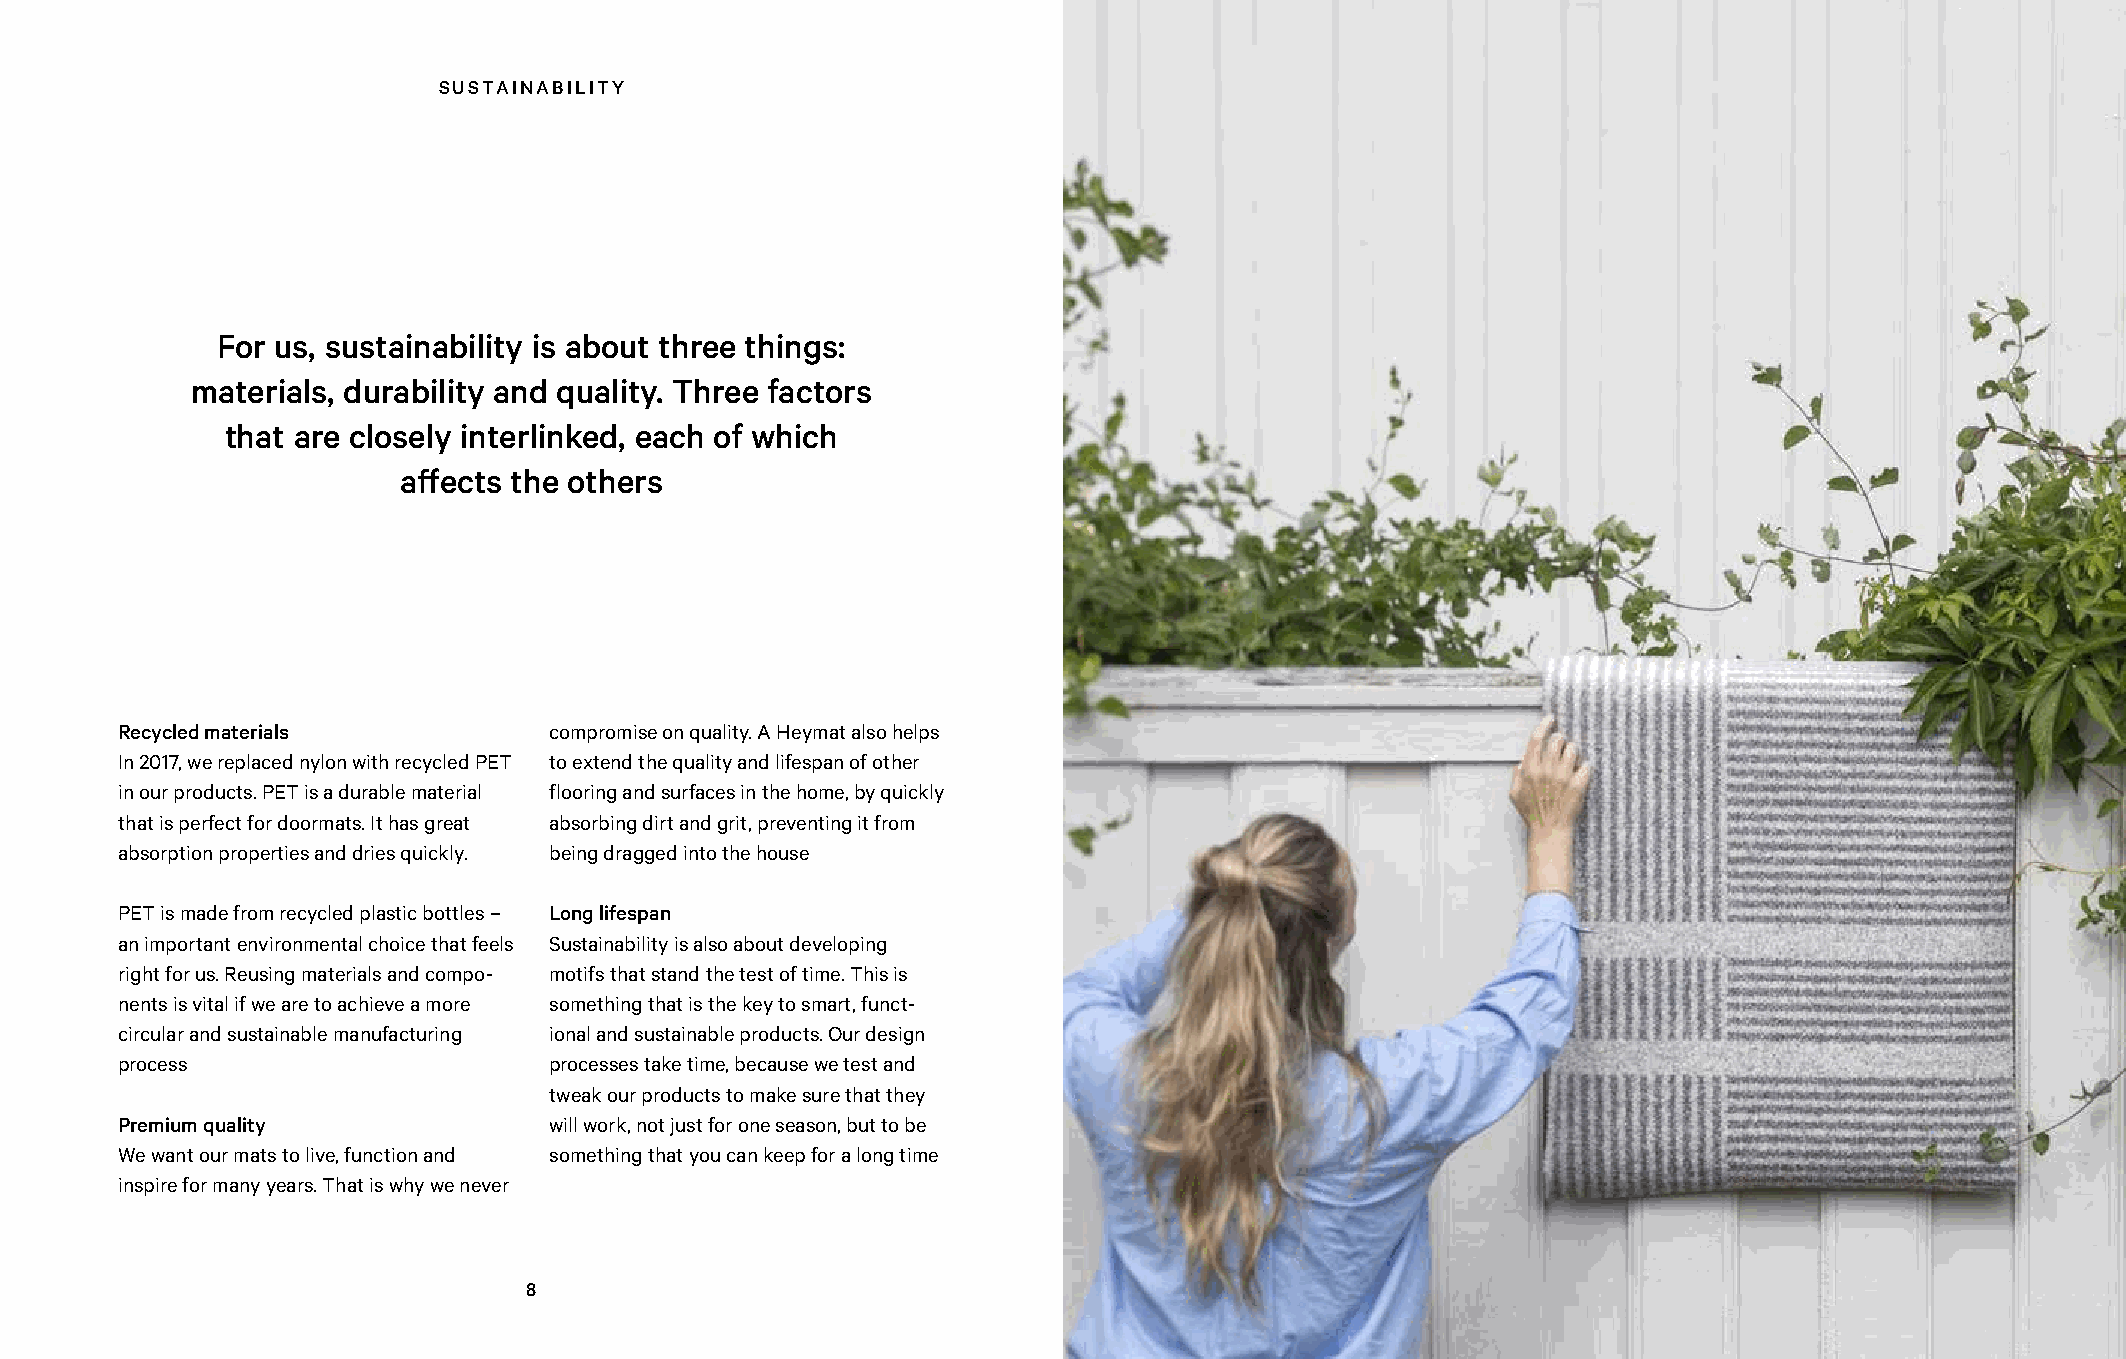
SUSTAINABILITY                                                          COLLECTION
 For us, sustainability is about three things:
 materials, durability and quality. Three factors
 that are closely interlinked, each of which
 affects the others
 Recycled materials          compromise on quality. A Heymat also helps
 In 2017, we replaced nylon with recycled PET to extend the quality and lifespan of other
 in our products. PET is a durable material flooring and surfaces in the home, by quickly
 that is perfect for doormats. It has great absorbing dirt and grit, preventing it from
 absorption properties and dries quickly. being dragged into the house
 PET is made from recycled plastic bottles – Long lifespan
 an important environmental choice that feels Sustainability is also about developing
 right for us. Reusing materials and compo- motifs that stand the test of time. This is
 nents is vital if we are to achieve a more something that is the key to smart, funct-
 circular and sustainable manu facturing ional and sustainable products. Our design
 process                     processes take time, because we test and
 tweak our products to make sure that they
 Premium quality             will work, not just for one season, but to be
 We want our mats to live, function and something that you can keep for a long time
 inspire for many years. That is why we never
 8                                                                     9